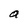
Character: a